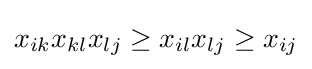
x_{ik}x_{kl}x_{lj}\geq x_{il}x_{lj}\geq x_{ij}